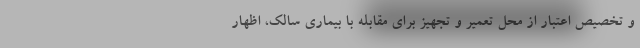
و تخصیص اعتبار از محل تعمیر و تجهیز برای مقابله با بیماری سالک، اظهار